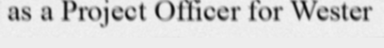
as a Project Officer for Wester